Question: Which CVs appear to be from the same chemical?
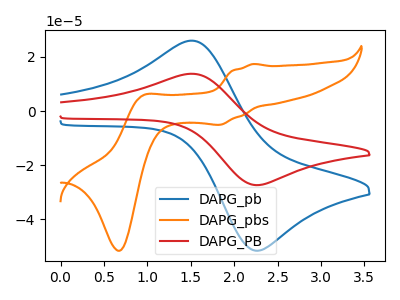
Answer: <think>The blue curve "DAPG_pb" has an anodic peak at (1.50V, 26.00uA) and a cathodic peak at (2.25V, -51.55uA). The orange curve "DAPG_pbs" has anodic peaks at (2.20V, 17.40uA) (0.95V, 5.70uA) and cathodic peaks at (1.85V, -5.05uA) (0.70V, -51.55uA). The red curve "DAPG_PB" has an anodic peak at (1.50V, 13.80uA) and a cathodic peak at (2.25V, -27.35uA).
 "DAPG_pb" and "DAPG_pbs" have a different number of peaks. All the peaks in "DAPG_pb" have a peak in "DAPG_PB" at the same potential. Every peak in "DAPG_pb" is higher than every peak in "DAPG_PB". "DAPG_pbs" and "DAPG_PB" have a different number of peaks.</think>
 <answer>"DAPG_pb" and "DAPG_PB" have the same shape and are likely CV's of the same chemical.</answer>
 <eval>"DAPG_pb" "DAPG_PB"</eval>